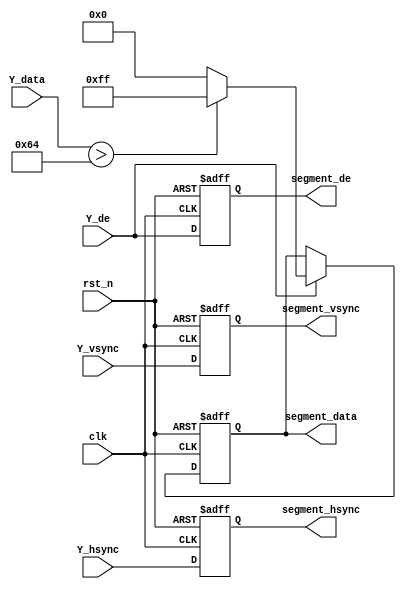
module fix_segment #
(
    parameter THRESHOLD         = 8'd100        ,   //
    parameter H_DISP            = 12'd640       ,   //
    parameter V_DISP            = 12'd480           //
)
(
    input   wire                clk             ,
    input   wire                rst_n           ,
    input   wire                Y_hsync         ,   //Y
    input   wire                Y_vsync         ,   //Y
    input   wire    [ 7:0]      Y_data          ,   //Y
    input   wire                Y_de            ,   //Y

//    input   wire    [ 7:0]      value           ,   //sobel

    output  wire                segment_hsync     ,   //
    output  wire                segment_vsync     ,   //
    output  reg     [ 7:0]      segment_data      ,   //
    output  wire                segment_de            //

);

parameter DLY_CYCLE = 1 ;

reg     [DLY_CYCLE-1:0]      Y_de_d                  ;
reg     [DLY_CYCLE-1:0]      Y_hsync_d               ;
reg     [DLY_CYCLE-1:0]      Y_vsync_d               ;

// clk7
// 
always @(posedge clk or negedge rst_n) begin
    if(!rst_n) begin
        segment_data <= 8'h00;
    end
    else if(Y_de == 1'b1) begin  
        segment_data <= (Y_data > THRESHOLD) ? 8'hff : 8'h00;
    end
end

// 
always @(posedge clk or negedge rst_n) begin
    if(!rst_n) begin
        Y_de_d    <= {(DLY_CYCLE){1'b0}};
        Y_hsync_d <= {(DLY_CYCLE){1'b0}};
        Y_vsync_d <= {(DLY_CYCLE){1'b0}};
    end
//    else begin  
//        Y_de_d    <= {Y_de_d   [(DLY_CYCLE-2):0],    Y_de};
//        Y_hsync_d <= {Y_hsync_d[(DLY_CYCLE-2):0], Y_hsync};
//        Y_vsync_d <= {Y_vsync_d[(DLY_CYCLE-2):0], Y_vsync};
//    end
    else begin  
        Y_de_d    <=    Y_de;
        Y_hsync_d <= Y_hsync;
        Y_vsync_d <= Y_vsync;
    end
end

assign segment_de    = Y_de_d   [DLY_CYCLE-1];
assign segment_hsync = Y_hsync_d[DLY_CYCLE-1];
assign segment_vsync = Y_vsync_d[DLY_CYCLE-1];
    
endmodule